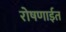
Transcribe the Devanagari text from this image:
रोषणाईत